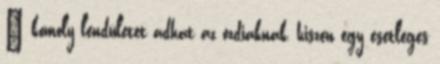
– komoly lendületet adhat az ózdiaknak, hiszen egy esetleges